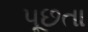
પૂછતા